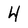
Character: 4